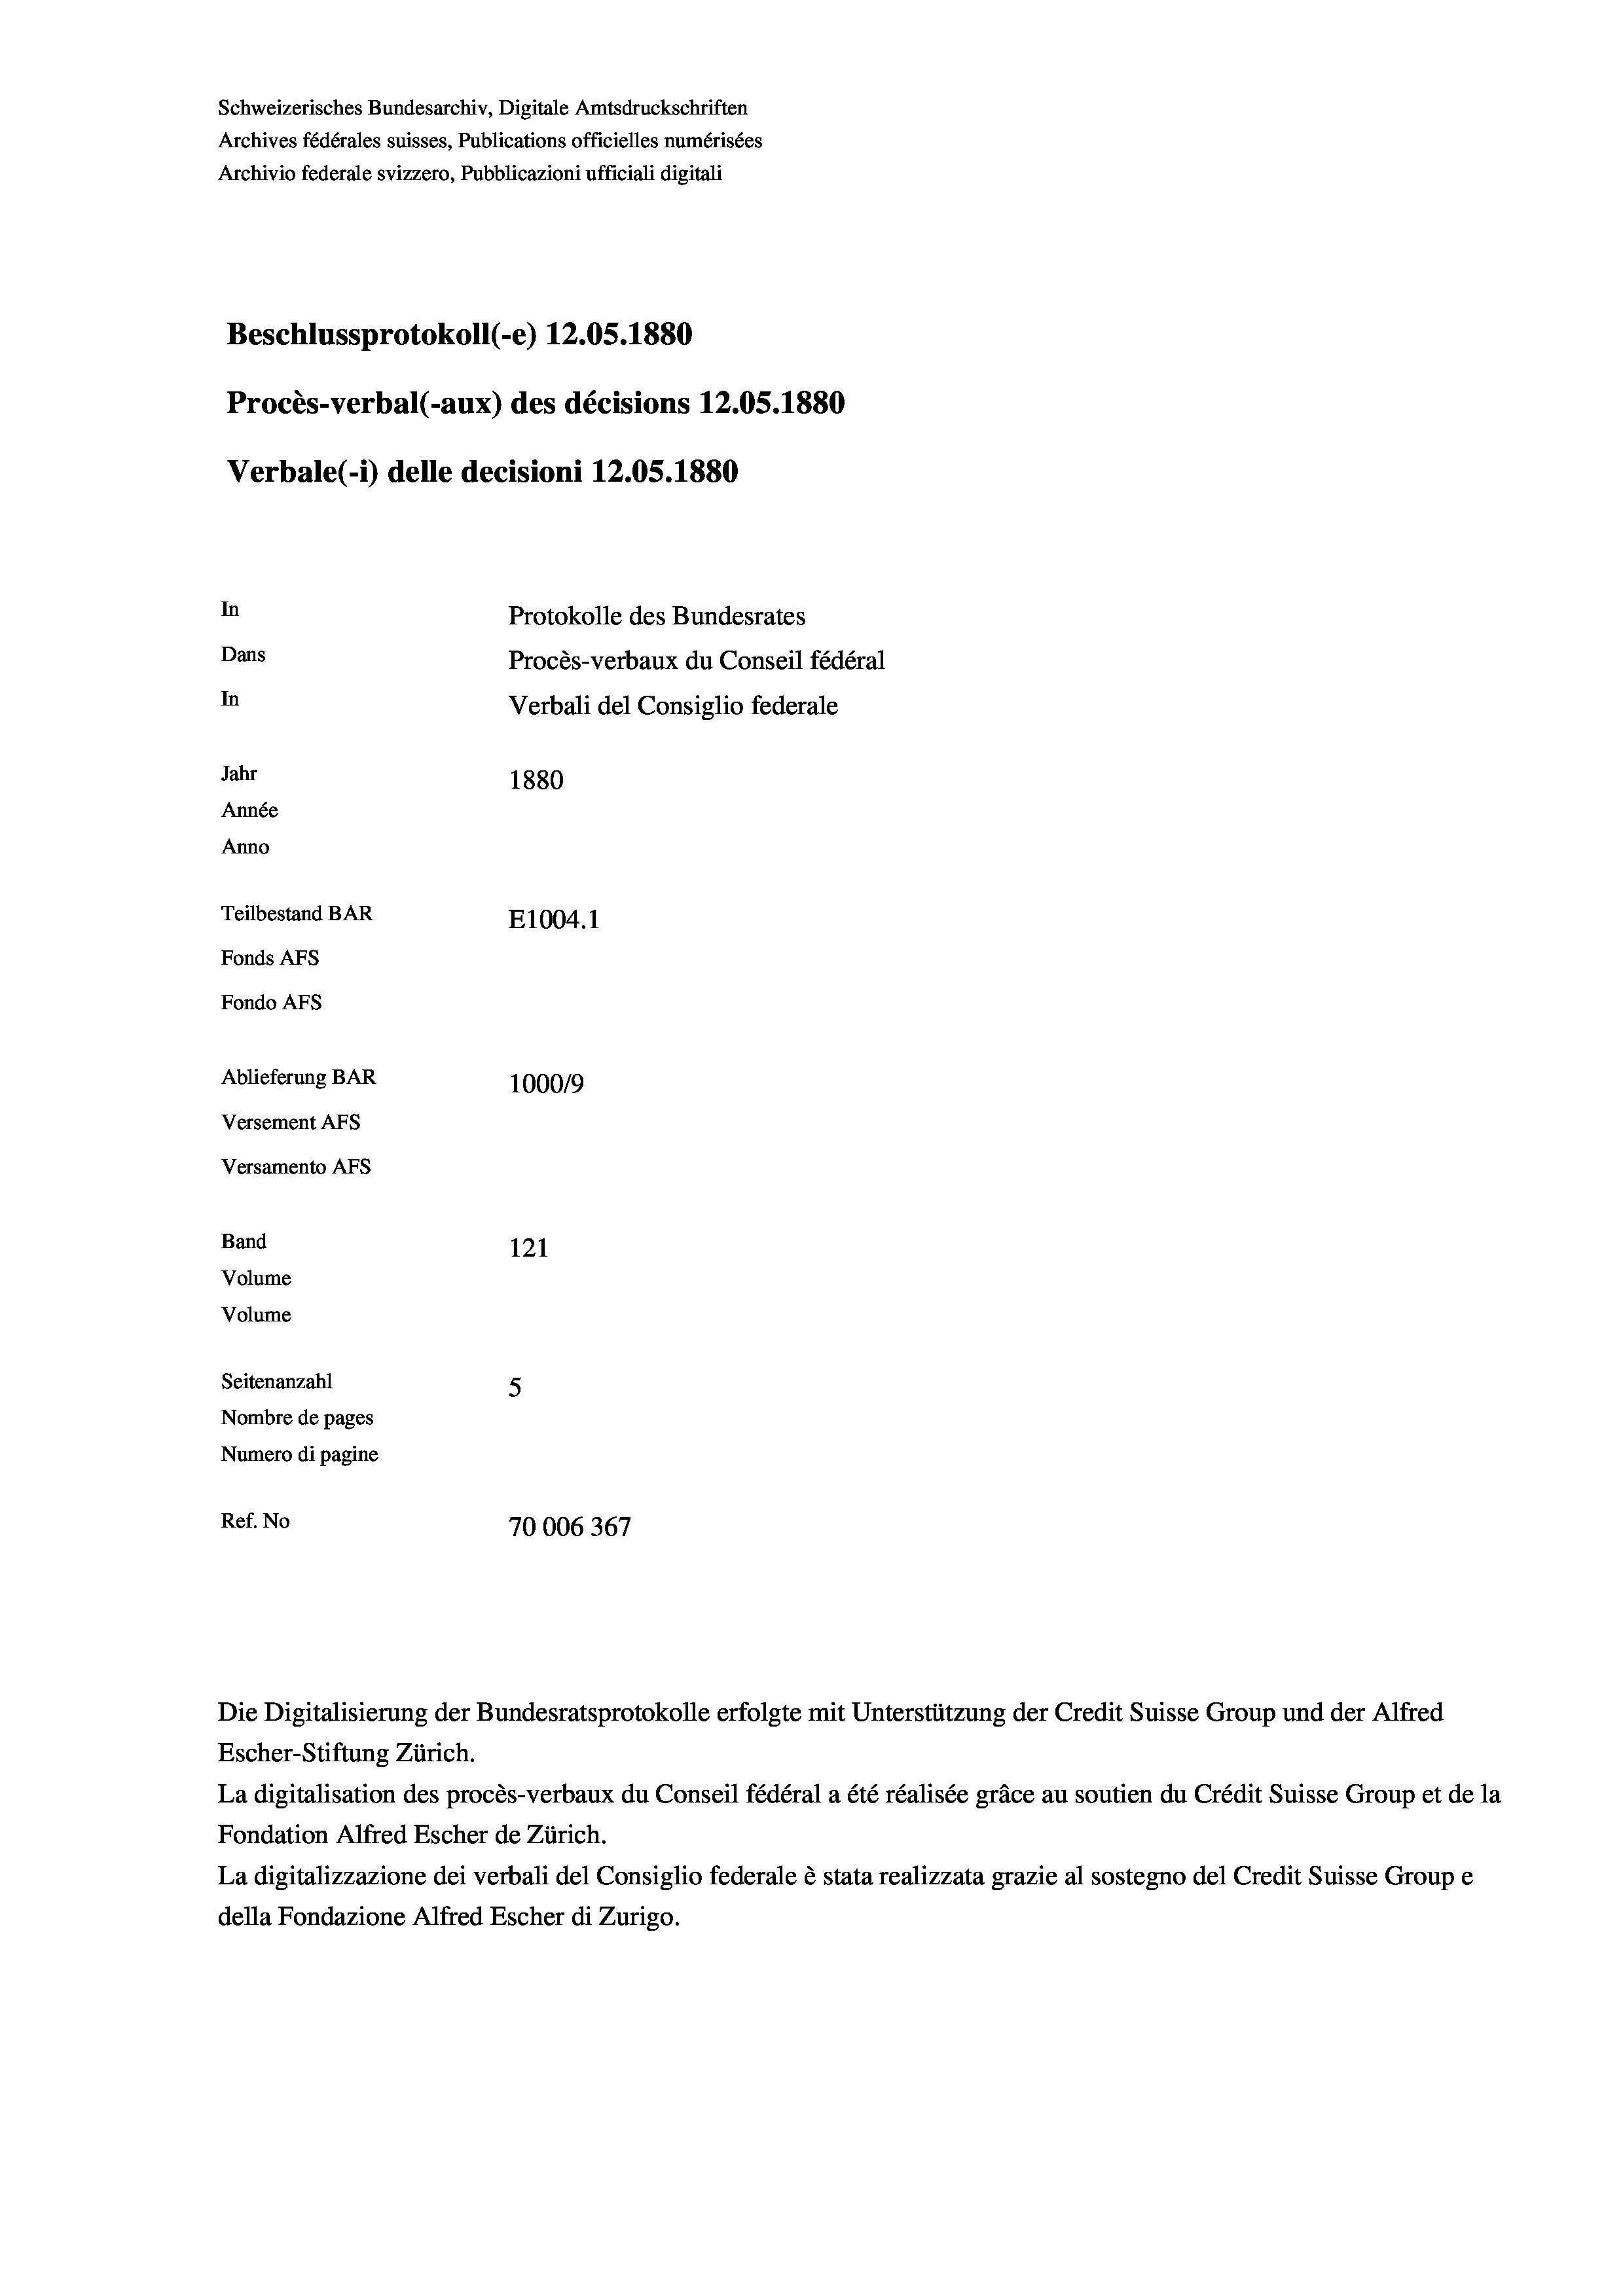
Schweizerisches Bundesarchiv, Digitale Amtsdruckschriften
Archives fédérales suisses, Publications officielles numérisées
Archivio federale svizzero, Pubblicazioni ufficiali digitali
Beschlussprotokoll (-e) 12.05. 1880
Procès-verbal (-aux) des décisions 12.05. 1880
Verbale(-*) delle decisioni 12.05. 1880
In
Protokolle des Bundesrates
Dans
Procès-verbaux du Conseil fédéral
In
Verbali del Consiglio federale
Jahr
1880
Année
Anno
Teilbestand BAR
E1004. 1
Fonds Afs
Fondo AFs
Ablieferung BAR
100019
Versement Abs
Versamento AFs
Band
121
Volume
Volume
Seitenanzahl
5
Nombre de pages
Numero di pagine

Ref. No
70006367

La digitalisation des procès-verbaux du Conseil fédéral a été réalisée gräce au soutien du Crédit Suisse Group et de la
Fondation Alfred Escher de Zürich.
La digitalizzazione dei verbali del Consiglio federale è stata realizzata grazie al sostegno del Credit Suisse Groupe
della Fondazione Alfred Escher di Zurigo.

Die Digitalisierung der Bundesratsprotokolle erfolgte mit Unterstützung der Credit Suisse Group und der Alfred
Escher-Stiftung Zürich.